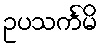
ဥပသင်္ကမိ